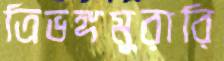
ত্রিভঙ্গমুরারি